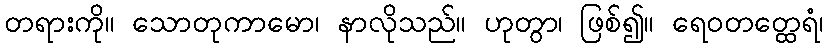
တရားကို။ သောတုကာမော၊ နာလိုသည်။ ဟုတွာ၊ ဖြစ်၍။ ရေဝတတ္ထေရံ၊